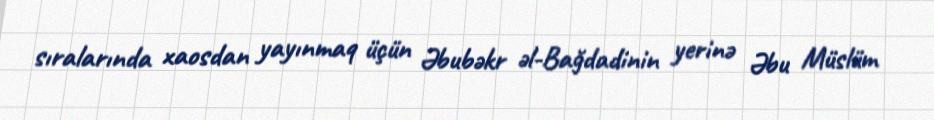
sıralarında xaosdan yayınmaq üçün Əbubəkr əl-Bağdadinin yerinə Əbu Müslüm